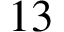
1 3